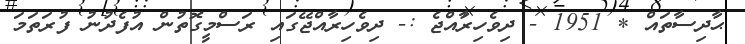
ޙާދިސާތައް * 1951 - ދިވެހިރާއްޖެ :- ދިވެހިރާއްޖޭގައި ރަސްމީގޮތުން އުފެދުނު ފުރަތަމަ